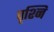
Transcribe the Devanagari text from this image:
पृश्नि